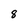
Character: 8